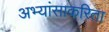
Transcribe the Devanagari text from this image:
अभ्यांसाकरिता